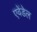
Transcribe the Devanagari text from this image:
एवेंडेल